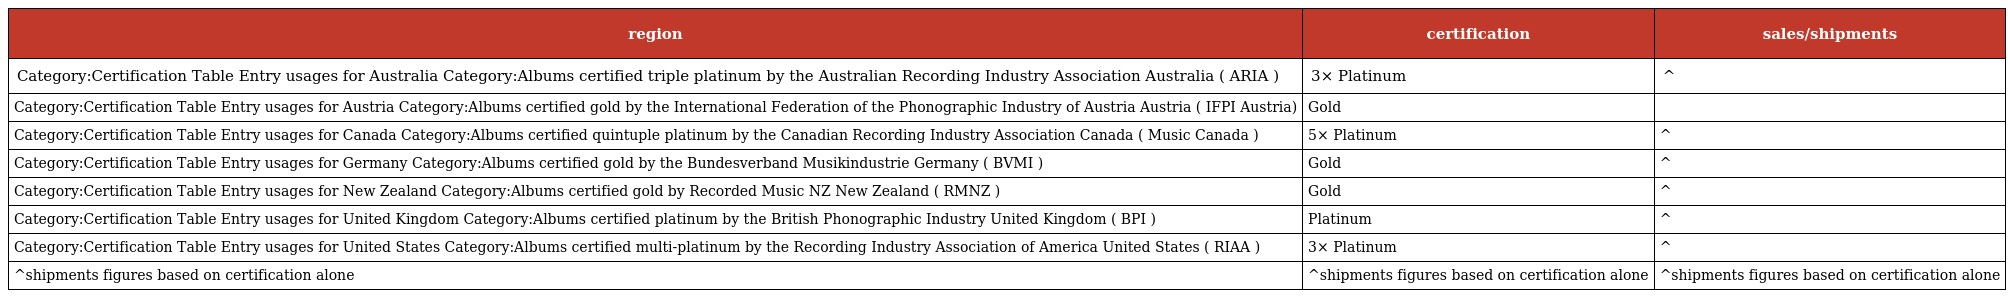
| region | certification | sales/shipments |
 | --- | --- | --- |
 | Category:Certification Table Entry usages for Australia Category:Albums certified triple platinum by the Australian Recording Industry Association Australia ( ARIA ) | 3× Platinum | ^ |
 | Category:Certification Table Entry usages for Austria Category:Albums certified gold by the International Federation of the Phonographic Industry of Austria Austria ( IFPI Austria) | Gold |  |
 | Category:Certification Table Entry usages for Canada Category:Albums certified quintuple platinum by the Canadian Recording Industry Association Canada ( Music Canada ) | 5× Platinum | ^ |
 | Category:Certification Table Entry usages for Germany Category:Albums certified gold by the Bundesverband Musikindustrie Germany ( BVMI ) | Gold | ^ |
 | Category:Certification Table Entry usages for New Zealand Category:Albums certified gold by Recorded Music NZ New Zealand ( RMNZ ) | Gold | ^ |
 | Category:Certification Table Entry usages for United Kingdom Category:Albums certified platinum by the British Phonographic Industry United Kingdom ( BPI ) | Platinum | ^ |
 | Category:Certification Table Entry usages for United States Category:Albums certified multi-platinum by the Recording Industry Association of America United States ( RIAA ) | 3× Platinum | ^ |
 | ^shipments figures based on certification alone | ^shipments figures based on certification alone | ^shipments figures based on certification alone |